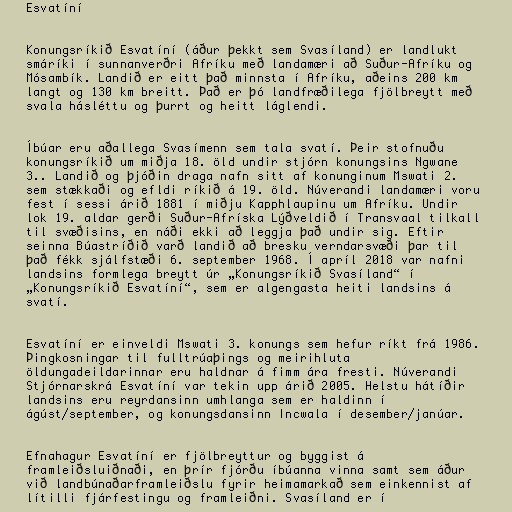
Esvatíní

Konungsríkið Esvatíní (áður þekkt sem Svasíland) er landlukt
smáríki í sunnanverðri Afríku með landamæri að Suður-Afríku og
Mósambík. Landið er eitt það minnsta í Afríku, aðeins 200 km
langt og 130 km breitt. Það er þó landfræðilega fjölbreytt með
svala hásléttu og þurrt og heitt láglendi.

Íbúar eru aðallega Svasímenn sem tala svatí. Þeir stofnuðu
konungsríkið um miðja 18. öld undir stjórn konungsins Ngwane
3.. Landið og þjóðin draga nafn sitt af konunginum Mswati 2.
sem stækkaði og efldi ríkið á 19. öld. Núverandi landamæri voru
fest í sessi árið 1881 í miðju Kapphlaupinu um Afríku. Undir
lok 19. aldar gerði Suður-Afríska Lýðveldið í Transvaal tilkall
til svæðisins, en náði ekki að leggja það undir sig. Eftir
seinna Búastríðið varð landið að bresku verndarsvæði þar til
það fékk sjálfstæði 6. september 1968. Í apríl 2018 var nafni
landsins formlega breytt úr „Konungsríkið Svasíland“ í
„Konungsríkið Esvatíní“, sem er algengasta heiti landsins á
svatí.

Esvatíní er einveldi Mswati 3. konungs sem hefur ríkt frá 1986.
Þingkosningar til fulltrúaþings og meirihluta
öldungadeildarinnar eru haldnar á fimm ára fresti. Núverandi
Stjórnarskrá Esvatíní var tekin upp árið 2005. Helstu hátíðir
landsins eru reyrdansinn umhlanga sem er haldinn í
ágúst/september, og konungsdansinn Incwala í desember/janúar.

Efnahagur Esvatíní er fjölbreyttur og byggist á
framleiðsluiðnaði, en þrír fjórðu íbúanna vinna samt sem áður
við landbúnaðarframleiðslu fyrir heimamarkað sem einkennist af
lítilli fjárfestingu og framleiðni. Svasíland er í